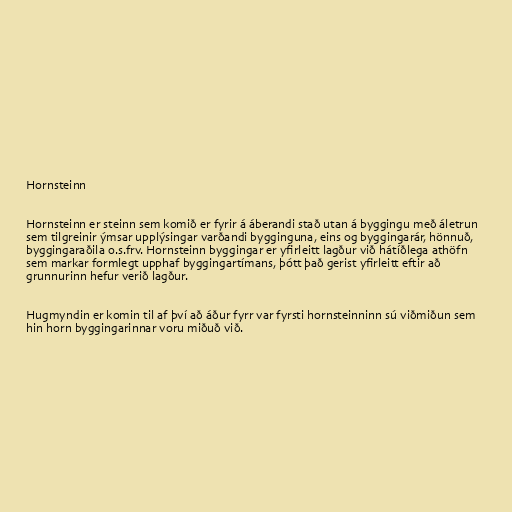
Hornsteinn

Hornsteinn er steinn sem komið er fyrir á áberandi stað utan á byggingu með áletrun
sem tilgreinir ýmsar upplýsingar varðandi bygginguna, eins og byggingarár, hönnuð,
byggingaraðila o.s.frv. Hornsteinn byggingar er yfirleitt lagður við hátíðlega athöfn
sem markar formlegt upphaf byggingartímans, þótt það gerist yfirleitt eftir að
grunnurinn hefur verið lagður.

Hugmyndin er komin til af því að áður fyrr var fyrsti hornsteinninn sú viðmiðun sem
hin horn byggingarinnar voru miðuð við.